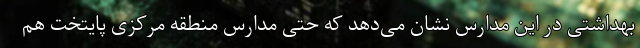
بهداشتی در این مدارس نشان می‌دهد که حتی مدارس منطقه مرکزی پایتخت هم